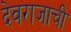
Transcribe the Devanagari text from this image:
देवराजाची